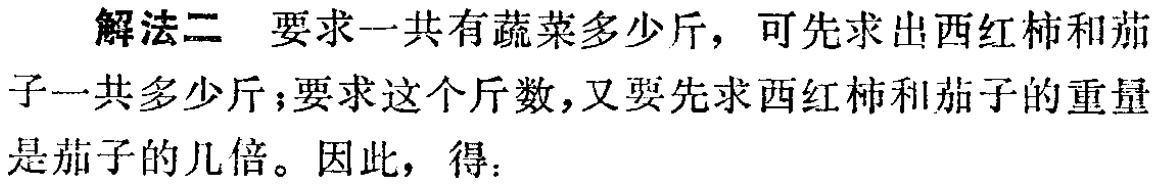
解法二 要求一共有蔬菜多少斤，可先求出西红柿和茄
子一共多少斤；要求这个斤数，又要先求西红柿和茄子的重量
是茄子的几倍。因此，得：